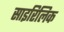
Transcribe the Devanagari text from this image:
साइरिलिक